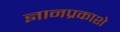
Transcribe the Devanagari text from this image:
ज्ञानप्रकाशे